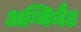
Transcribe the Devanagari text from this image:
अग्मिनैट